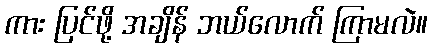
ကား ပြင်ဖို့ အချိန် ဘယ်လောက် ကြာမလဲ။